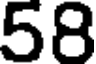
58